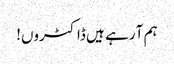
ہم آ رہے ہیں ڈاکٹروں!